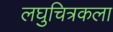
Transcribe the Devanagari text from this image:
लघुचित्रकला